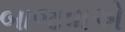
બાજવાએ